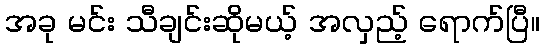
အခု မင်း သီချင်းဆိုမယ့် အလှည့် ရောက်ပြီ။